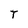
Character: T